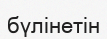
бүлінетін